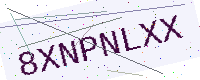
Text: 8XNPNLXX